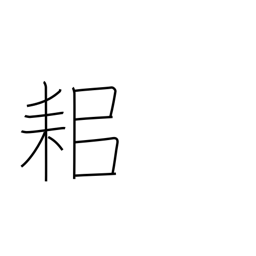
Meaning: plough